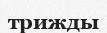
трижды